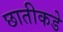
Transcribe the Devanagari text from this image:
छातीकडे